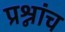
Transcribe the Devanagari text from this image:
प्रश्नांच